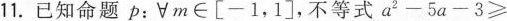
11.已知命题$$p : \forall m \in [ - 1 ， 1 ]$$，不等式 $$a ^ { 2 } - 5 a - 3 a ≥$$